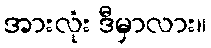
အားလုံး ဒီမှာလား။